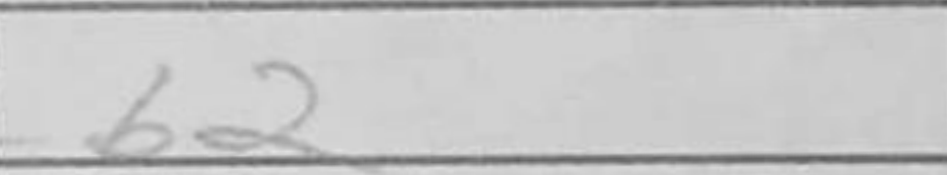
Transcription: b2